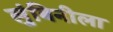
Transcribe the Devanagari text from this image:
लुंबिनीला